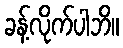
ခန့်လိုက်ပါဘိ။